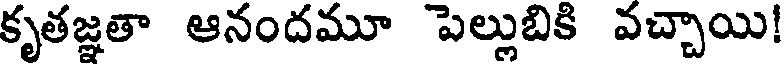
కృతజ్ఞతా ఆనందమూ పెల్లుబికి వచ్చాయి!